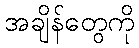
အချိန်တွေကို